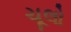
ચૂલો